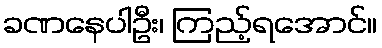
ခဏနေပါဦး၊ ကြည့်ရအောင်။